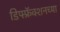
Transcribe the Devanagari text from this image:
डिफ्फ्रॅक्शनच्या